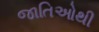
જાતિઓથી